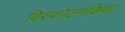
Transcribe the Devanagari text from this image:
विस्फोटनक्रिया